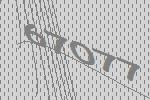
67077